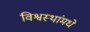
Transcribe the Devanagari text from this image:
विश्वस्थांमधे